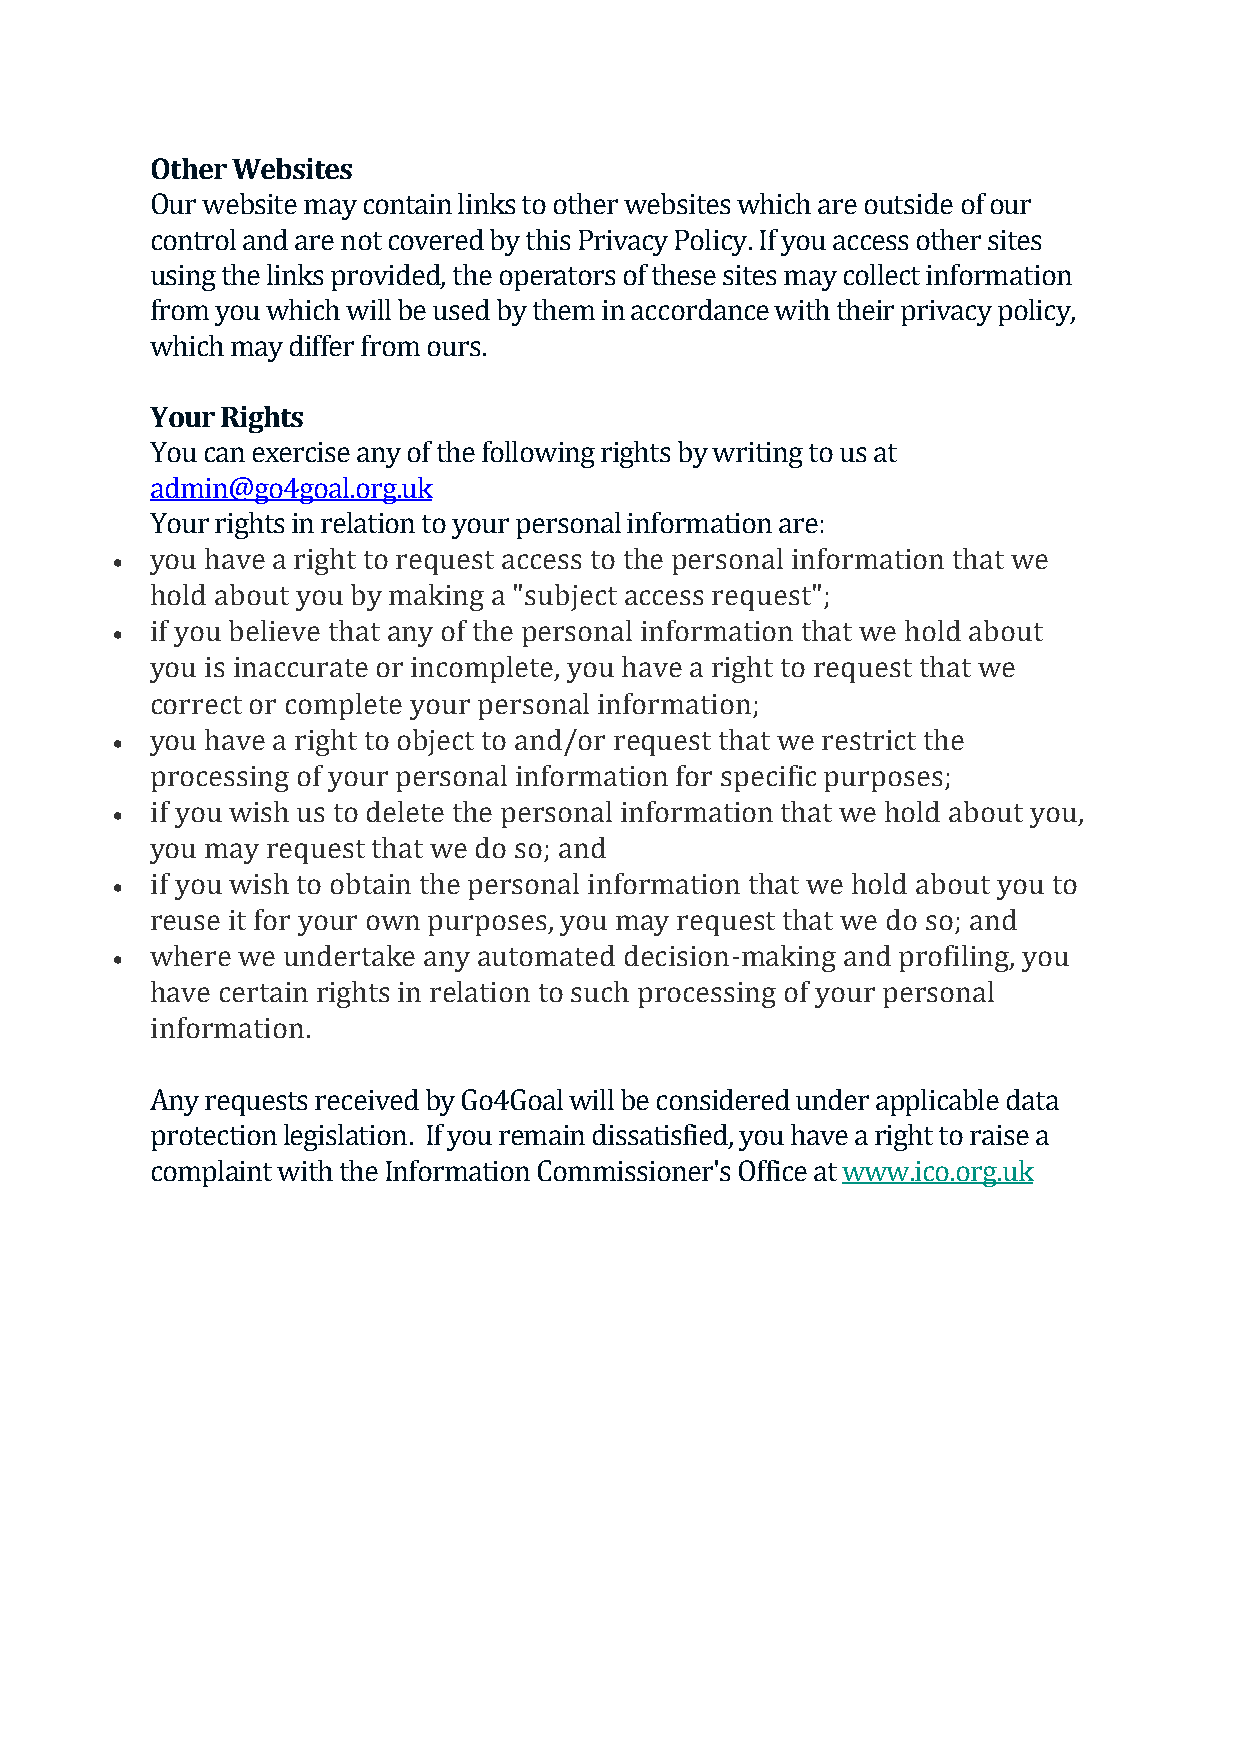
Other Websites
 Our website may contain links to other websites which are outside of our
 control and are not covered by this Privacy Policy. If you access other sites
 using the links provided, the operators of these sites may collect information
 from you which will be used by them in accordance with their privacy policy,
 which may differ from ours.
 Your Rights
 You can exercise any of the following rights by writing to us at
 admin@go4goal.org.uk
 Your rights in relation to your personal information are:
 you have a right to request access to the personal information that we
 •
 hold about you by making a "subject access request";
 if you believe that any of the personal information that we hold about
 •
 you is inaccurate or incomplete, you have a right to request that we
 correct or complete your personal information;
 you have a right to object to and/or request that we restrict the
 •
 processing of your personal information for specific purposes;
 if you wish us to delete the personal information that we hold about you,
 •
 you may request that we do so; and
 if you wish to obtain the personal information that we hold about you to
 •
 reuse it for your own purposes, you may request that we do so; and
 where we undertake any automated decision-making and profiling, you
 •
 have certain rights in relation to such processing of your personal
 information.
 Any requests received by Go4Goal will be considered under applicable data
 protection legislation. If you remain dissatisfied, you have a right to raise a
 complaint with the Information Commissioner's Office at www.ico.org.uk